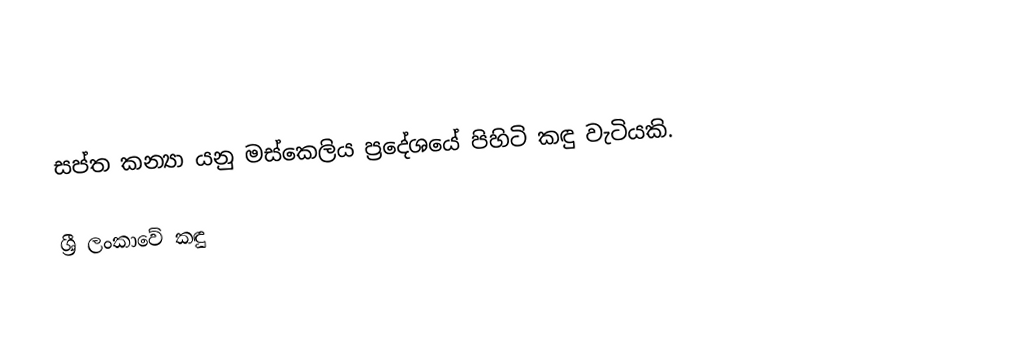
සප්ත කන්‍යා යනු මස්කෙලිය ප්‍රදේශයේ පිහිටි කඳු වැටියකි.

ශ්‍රී ලංකාවේ කඳු